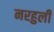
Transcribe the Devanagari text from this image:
नरहुली